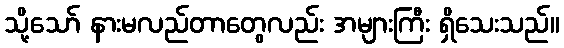
သို့သော် နားမလည်တာတွေလည်း အများကြီး ရှိသေးသည်။